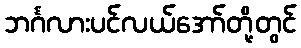
ဘင်္ဂလားပင်လယ်အော်တို့တွင်